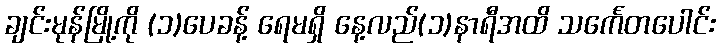
ချင်းမုန်မြို့ကို (၁)ပေခန့် ရေမရှိ နေ့လည်(၁)နာရီအထိ သင်္ကေတပေါင်း